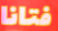
فتانا